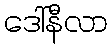
ဒေါ်နီလာ